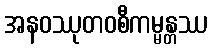
အနဝဿုတဝစီကမ္မန္တဿ